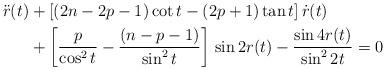
LaTeX: \begin{align*} \ddot{ r } ( t ) &+ [ ( 2 n - 2 p - 1 ) \cot t - ( 2 p + 1 ) \tan t ] \, \dot{ r } ( t ) \\ &+ \left[ \frac{ p }{ \cos^2 t } - \frac{ ( n - p - 1 ) }{ \sin^2 t } \right] \, \sin 2 r ( t ) - \frac{ \sin 4 r ( t ) }{ \sin^2 2 t } = 0 \end{align*}